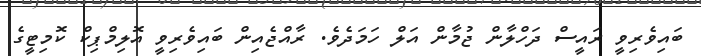
ބައިވެރިވީ ރައީސް ދަހްލާން ޖުމާން އަލް ހަމަދެވެ. ރާއްޖެއިން ބައިވެރިވީ އޮލިމްޕިކް ކޮމިޓީގެ